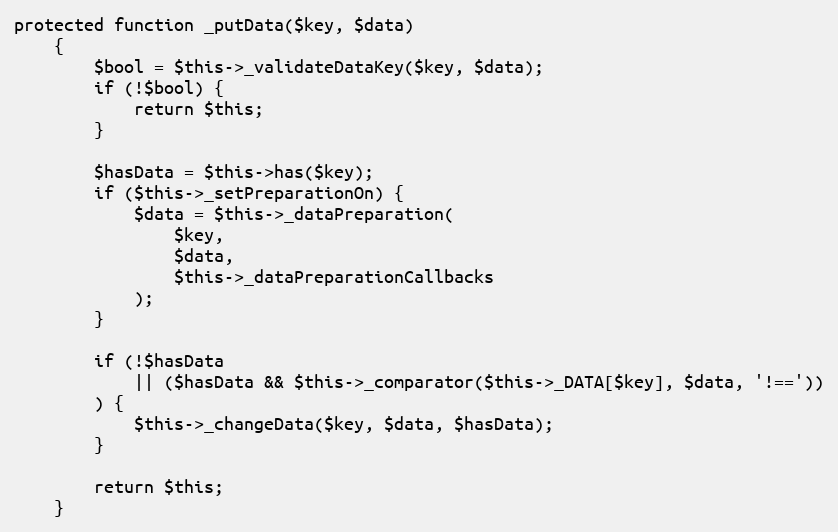
Language: PHP
protected function _putData($key, $data)
    {
        $bool = $this->_validateDataKey($key, $data);
        if (!$bool) {
            return $this;
        }

        $hasData = $this->has($key);
        if ($this->_setPreparationOn) {
            $data = $this->_dataPreparation(
                $key,
                $data,
                $this->_dataPreparationCallbacks
            );
        }

        if (!$hasData
            || ($hasData && $this->_comparator($this->_DATA[$key], $data, '!=='))
        ) {
            $this->_changeData($key, $data, $hasData);
        }

        return $this;
    }